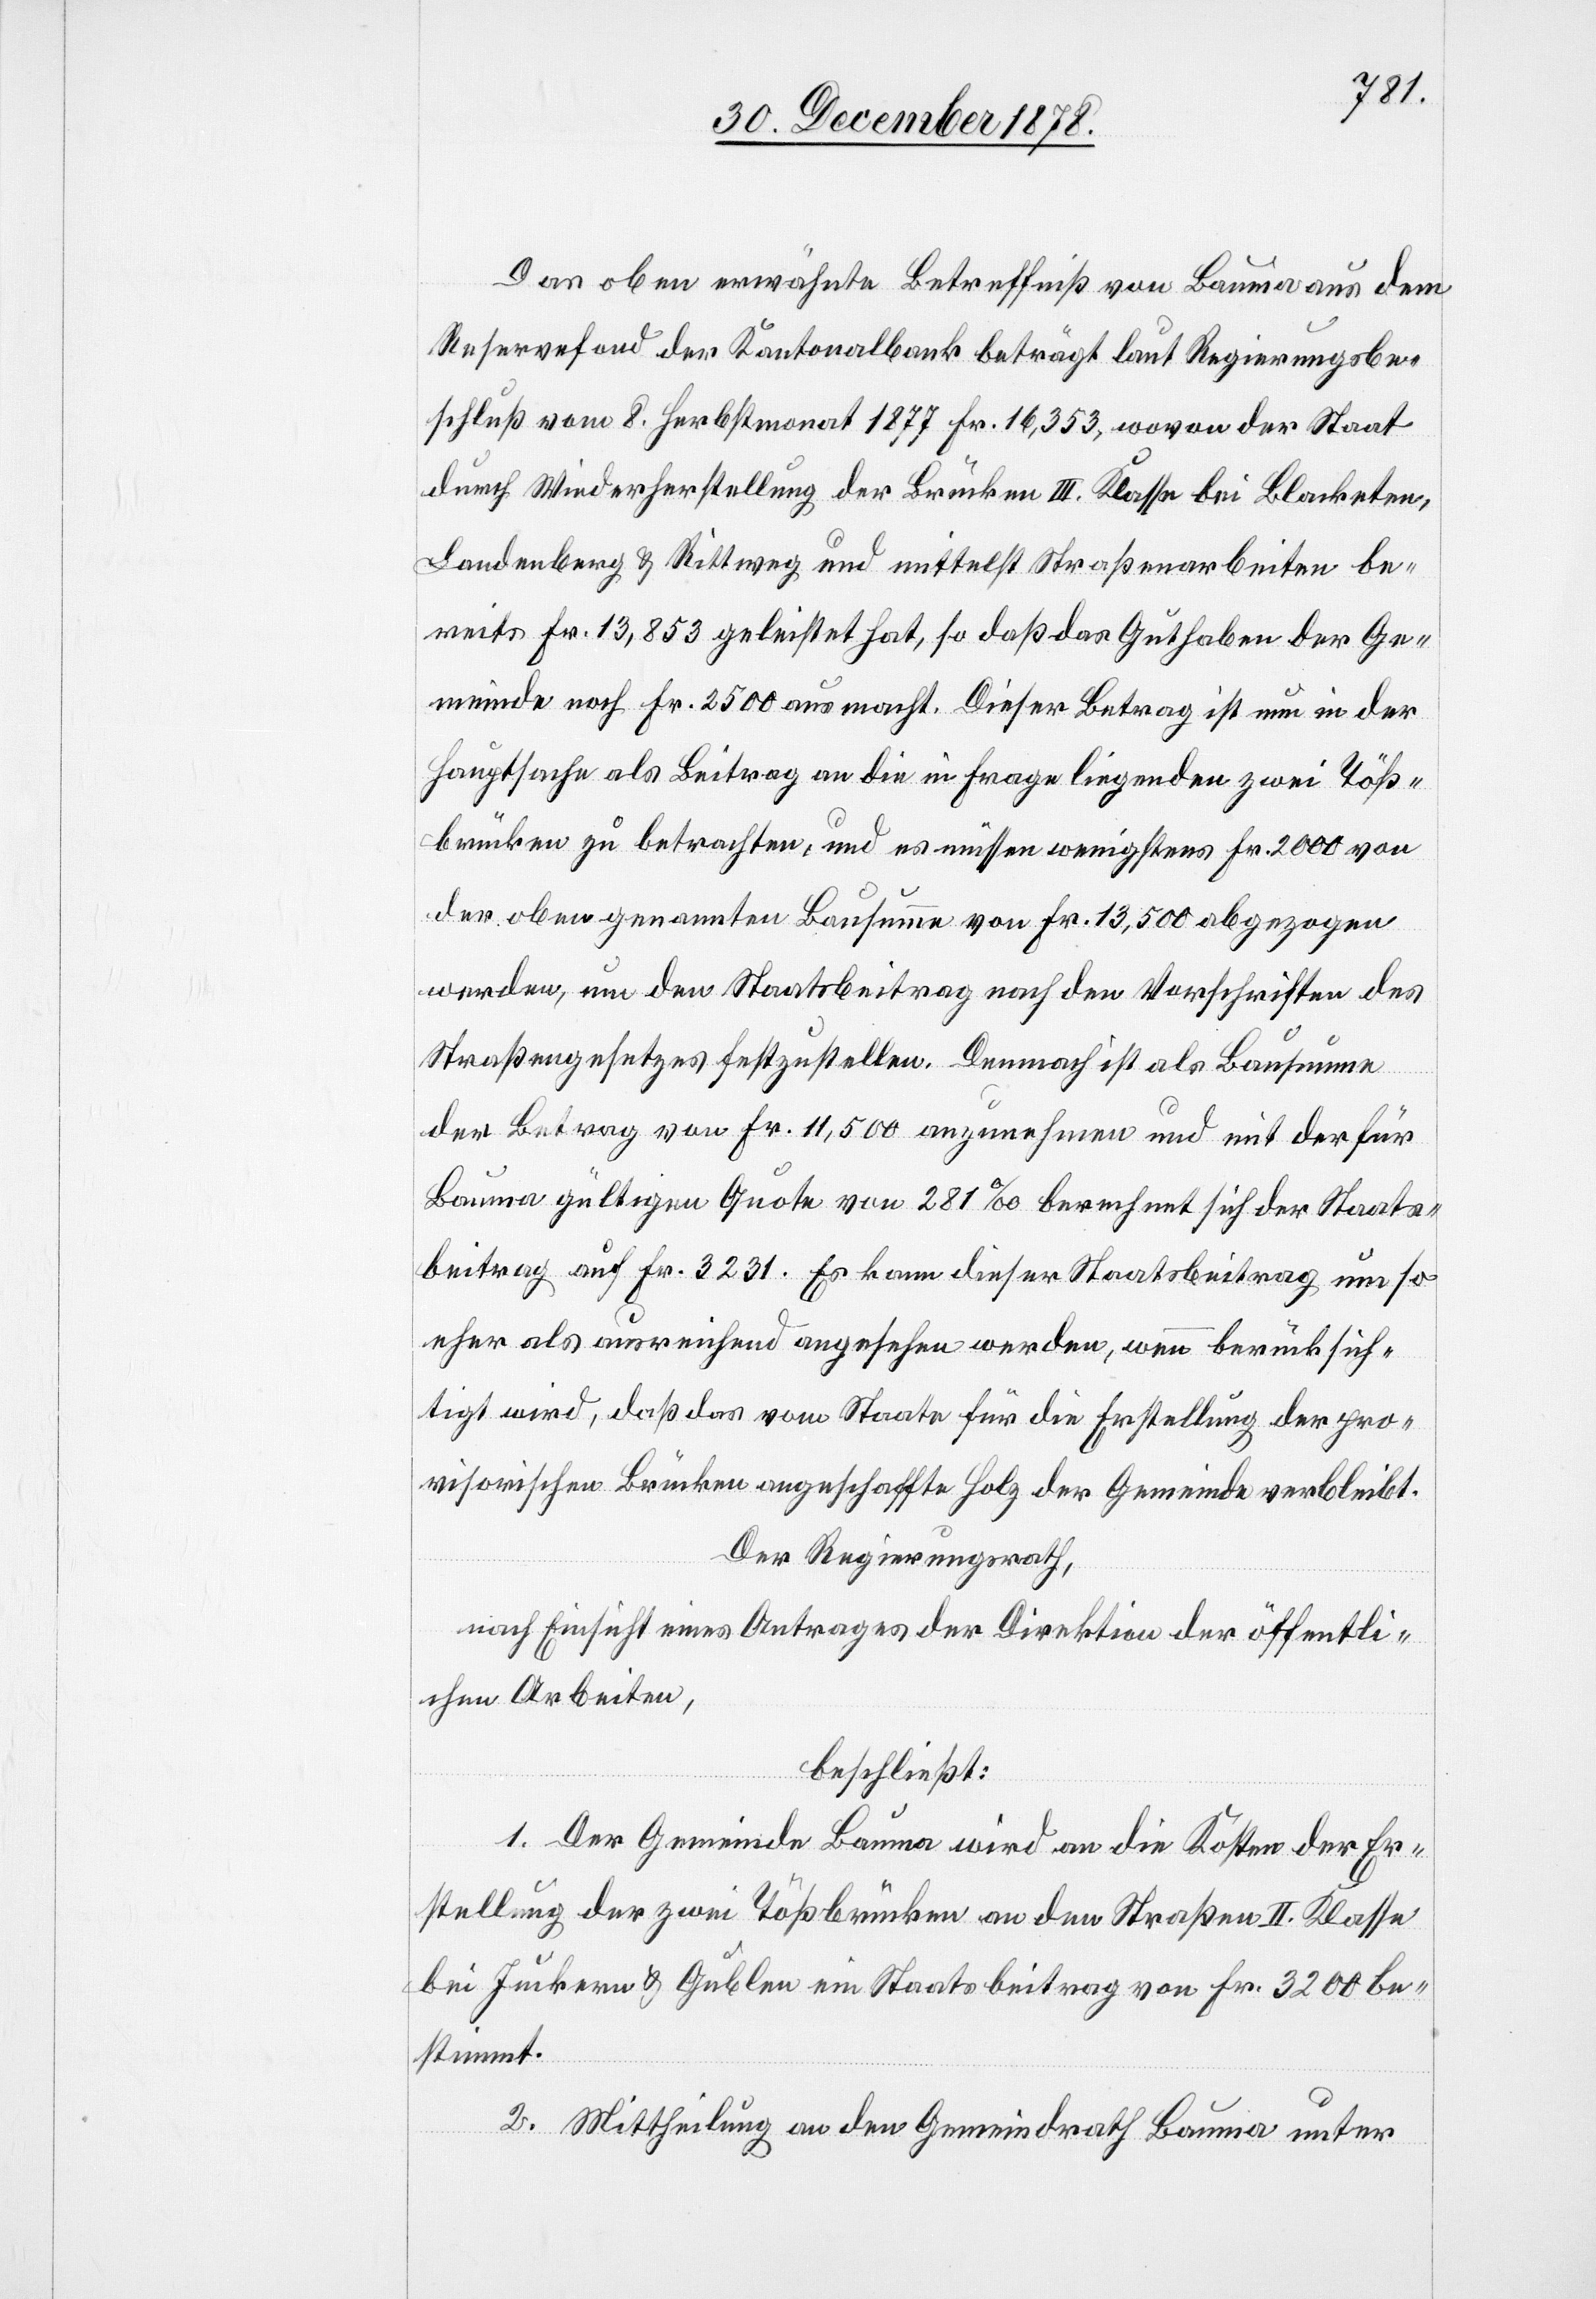
Das oben erwähnte Betreffniß von Bauma aus dem
Reservefond der Kantonalbank beträgt laut Regierungsbe¬
schluß vom 8. Herbstmonat 1877 Fr. 16,353, wovon der Staat
durch Wiederherstellung der Brücke III. Klasse bei Blacketen,
Landenberg & Rittweg und mittelst Straßenarbeiten be¬
reits Fr. 13,854 geleistet hat, so daß das Guthaben der Ge¬
meinde noch Fr. 2500 ausmacht. Dieser Betrag ist nun in der
Hauptsache als Beitrag an die in Frage liegenden zwei Töß¬
brücken zu betrachten, und es müssen wenigstens Fr. 2000 von
der oben genannten Bausumme von Fr. 13,500 abgezogen
werden, um den Staatsbeitrag nach den Vorschriften des
Straßengesetzes festzustellen. Demnach ist als Bausumme
der Betrag von Fr. 11,500 anzunehmen und mit der für
Bauma gültigen Quote von 281‰ berechnet sich der Staats¬
beitrag auf Fr. 3231. Es kann dieser Staatsbeitrag um so
eher als ausreichend angesehen werden, wenn berücksich¬
tigt wird, daß das vom Staate für die Erstellung der pro¬
visorischen Brücken angeschaffte Holz der Gemeinde verbleibt.
Der Regierungsrath,
nach Einsicht eines Antrages der Direktion der öffentli¬
chen Arbeiten,
beschließt:
1. Der Gemeinde Bauma wird an die Kosten der Er¬
stellung der zwei Tößbrücken an den Straßen II. Klasse
bei Juckern & Gublen ein Staatsbeitrag von Fr. 3200 be¬
stimmt.
2. Mittheilung an den Gemeindrath Bauma unter